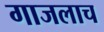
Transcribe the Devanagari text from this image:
गाजलाच